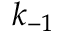
k _ { - 1 }